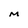
Character: M